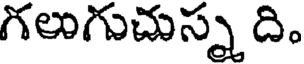
గలుగుచుస్న ది.